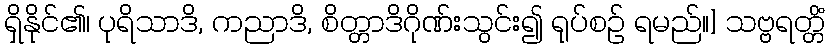
ရှိနိုင်၏၊ ပုရိသာဒိ, ကညာဒိ, စိတ္တာဒိဂိုဏ်းသွင်း၍ ရုပ်စဉ် ရမည်။] သဗ္ဗရတ္တိံ